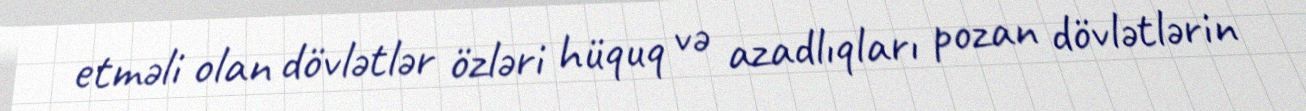
etməli olan dövlətlər özləri hüquq və azadlıqları pozan dövlətlərin